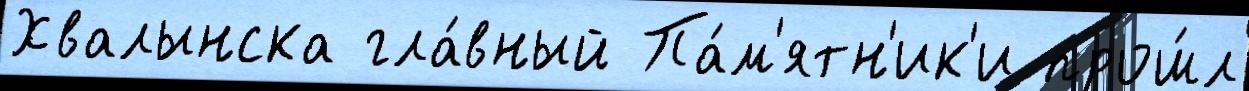
Хвалынска гла́вный Па́м'ятн'ик'и прош́л